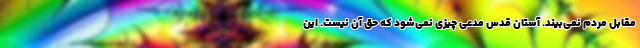
مقابل مردم نمی‌بیند. آستان قدس مدعی چیزی نمی‌شود که حق آن نیست. این